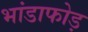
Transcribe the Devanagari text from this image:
भांडाफोड़